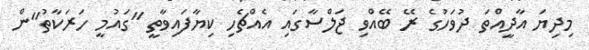
މިދިޔަ އާދީއްތަ ދުވަހުގެ ރޭ ބޭއްވި ޖަލްސާގައި އެއްޗެހި ކިޔާފައިވާތީ "ގައުމީ ހަރަކާތު"ން